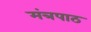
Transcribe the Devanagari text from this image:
मंत्रपाठ